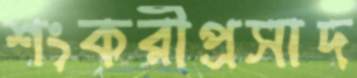
শংকরীপ্রসাদ